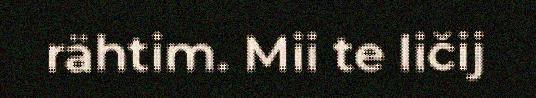
rähtim. Mii te ličij